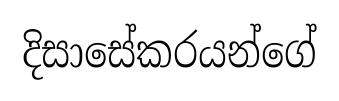
දිසාසේකරයන්ගේ